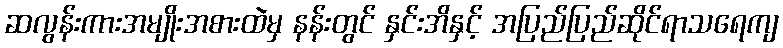
ဆလွန်းကားအမျိုးအစားထဲမှ နန်းတွင် နှင်းအိနှင့် အပြည်ပြည်ဆိုင်ရာသရေကျ